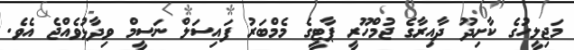
މަޖިލީހުގެ ކާށިދޫ ދާއިރާގެ ޖުމްހޫރީ ޕާޓީގެ މެމްބަރު ފައިސަލް ނަސީމް ވިދާޅުވެއްޖެ އެވެ.